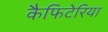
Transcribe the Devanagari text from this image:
कैफिटेरिया